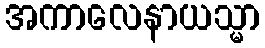
အကာလေနာယသ္မာ